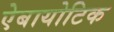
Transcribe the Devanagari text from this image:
ऐबायोटिक